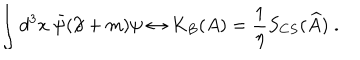
LaTeX: \int d ^ { 3 } x ~ \bar { \psi } ( \partial \! \! \! / + m ) \psi \leftrightarrow K _ { B } ( A ) = \frac 1 \eta S _ { C S } ( \widehat { A } ) \; .